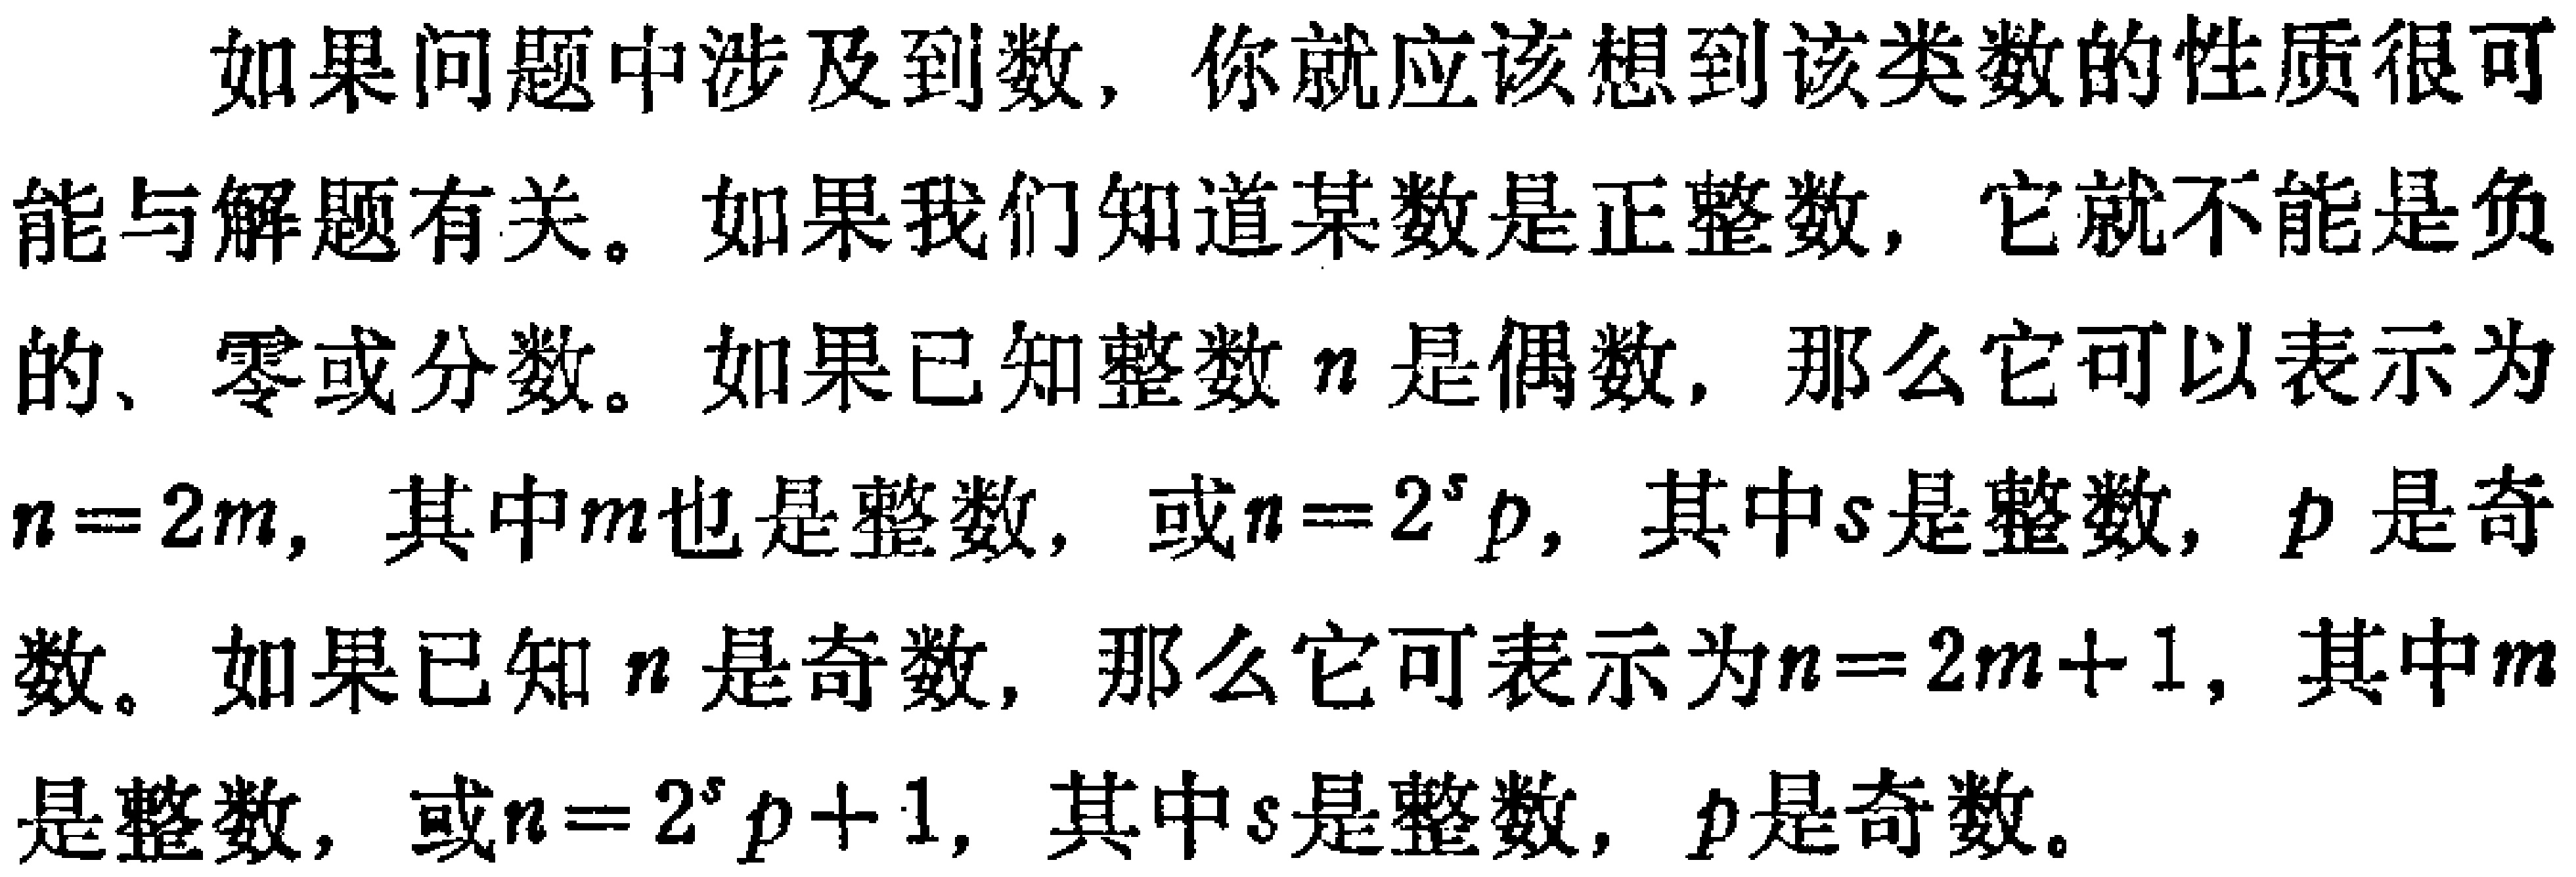
如果问题中涉及到数，你就应该想到该类数的性质很可

能与解题有关。如果我们知道某数是正整数，它就不能是负

的、零或分数。如果已知整数\(n\)是偶数，那么它可以表示为

\(n = 2m\)，其中\(m\)也是整数，或\(n = 2^{s}p\)，其中\(s\)是整数，\(p\)是奇

数。如果已知\(n\)是奇数，那么它可表示为\(n = 2m + 1\)，其中\(m\)

是整数，或\(n = 2^{s}p + 1\)，其中\(s\)是整数，\(p\)是奇数。